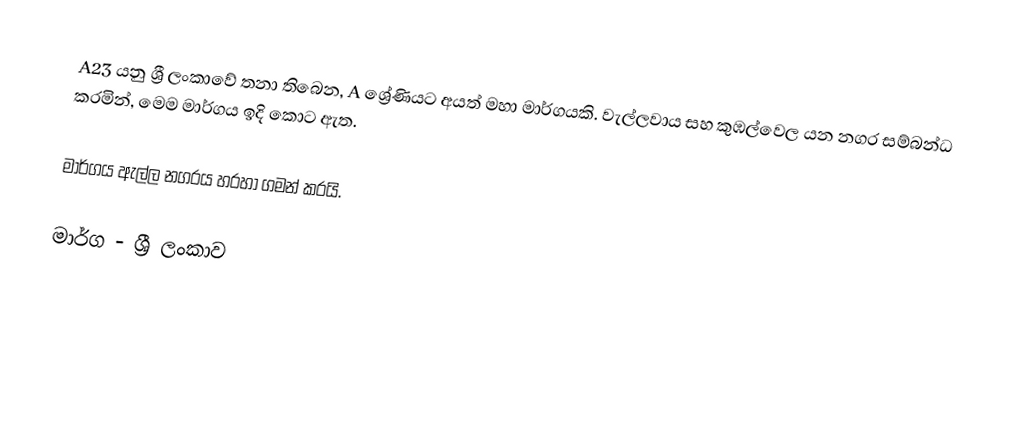
A23 යනු ශ්‍රී ලංකාවේ තනා තිබෙන, A ශ්‍රේණියට අයත් මහා මාර්ගයකි. වැල්ලවාය සහ කුඹල්වෙල යන නගර සම්බන්ධ කරමින්, මෙම මාර්ගය ඉදි කොට ඇත.

මාර්ගය ඇල්ල නගරය හරහා ගමන් කරයි.

මාර්ග - ශ්‍රී ලංකාව